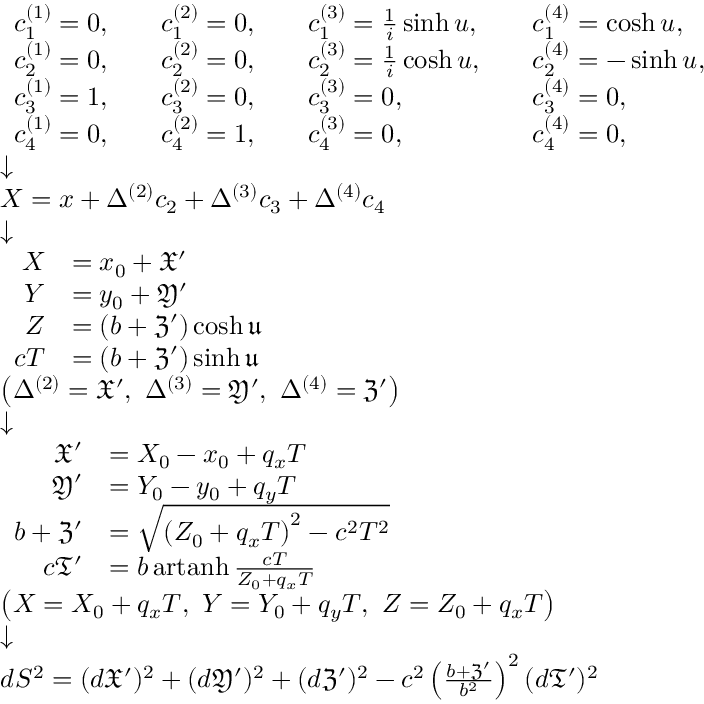
\scriptstyle { \begin{array} { l } { { \begin{array} { l l l l l l l } { c _ { 1 } ^ { ( 1 ) } = 0 , } & & { c _ { 1 } ^ { ( 2 ) } = 0 , } & & { c _ { 1 } ^ { ( 3 ) } = { \frac { 1 } { i } } \sinh u , } & & { c _ { 1 } ^ { ( 4 ) } = \cosh u , } \\ { c _ { 2 } ^ { ( 1 ) } = 0 , } & & { c _ { 2 } ^ { ( 2 ) } = 0 , } & & { c _ { 2 } ^ { ( 3 ) } = { \frac { 1 } { i } } \cosh u , } & & { c _ { 2 } ^ { ( 4 ) } = - \sinh u , } \\ { c _ { 3 } ^ { ( 1 ) } = 1 , } & & { c _ { 3 } ^ { ( 2 ) } = 0 , } & & { c _ { 3 } ^ { ( 3 ) } = 0 , } & & { c _ { 3 } ^ { ( 4 ) } = 0 , } \\ { c _ { 4 } ^ { ( 1 ) } = 0 , } & & { c _ { 4 } ^ { ( 2 ) } = 1 , } & & { c _ { 4 } ^ { ( 3 ) } = 0 , } & & { c _ { 4 } ^ { ( 4 ) } = 0 , } \end{array} } } \\ { { \boldsymbol { \downarrow } } } \\ { X = x + \Delta ^ { ( 2 ) } c _ { 2 } + \Delta ^ { ( 3 ) } c _ { 3 } + \Delta ^ { ( 4 ) } c _ { 4 } } \\ { { \boldsymbol { \downarrow } } } \\ { { \begin{array} { r l } { X } & { = x _ { 0 } + { \mathfrak { X } } ^ { \prime } } \\ { Y } & { = y _ { 0 } + { \mathfrak { Y } } ^ { \prime } } \\ { Z } & { = \left( b + { \mathfrak { Z } } ^ { \prime } \right) \cosh { \mathfrak { u } } } \\ { c T } & { = \left( b + { \mathfrak { Z } } ^ { \prime } \right) \sinh { \mathfrak { u } } } \end{array} } } \\ { \left( \Delta ^ { ( 2 ) } = { \mathfrak { X } } ^ { \prime } , \ \Delta ^ { ( 3 ) } = { \mathfrak { Y } } ^ { \prime } , \ \Delta ^ { ( 4 ) } = { \mathfrak { Z } } ^ { \prime } \right) } \\ { { \boldsymbol { \downarrow } } } \\ { { \begin{array} { r l } { { \mathfrak { X } } ^ { \prime } } & { = X _ { 0 } - x _ { 0 } + q _ { x } T } \\ { { \mathfrak { Y } } ^ { \prime } } & { = Y _ { 0 } - y _ { 0 } + q _ { y } T } \\ { b + { \mathfrak { Z } } ^ { \prime } } & { = { \sqrt { \left( Z _ { 0 } + q _ { x } T \right) ^ { 2 } - c ^ { 2 } T ^ { 2 } } } } \\ { c { \mathfrak { T } } ^ { \prime } } & { = b \operatorname { a r t a n h } { \frac { c T } { Z _ { 0 } + q _ { x } T } } } \end{array} } } \\ { \left( X = X _ { 0 } + q _ { x } T , \ Y = Y _ { 0 } + q _ { y } T , \ Z = Z _ { 0 } + q _ { x } T \right) } \\ { { \boldsymbol { \downarrow } } } \\ { d S ^ { 2 } = ( d { \mathfrak { X } } ^ { \prime } ) ^ { 2 } + ( d { \mathfrak { Y } } ^ { \prime } ) ^ { 2 } + ( d { \mathfrak { Z } } ^ { \prime } ) ^ { 2 } - c ^ { 2 } \left( { \frac { b + { \mathfrak { Z } } ^ { \prime } } { b ^ { 2 } } } \right) ^ { 2 } ( d { \mathfrak { T } } ^ { \prime } ) ^ { 2 } } \end{array} }